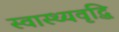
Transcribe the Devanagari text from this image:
स्वास्थ्यवृद्धि